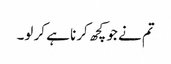
تم نے جو کچھ کرنا ہے کر لو۔